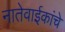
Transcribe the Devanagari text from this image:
नातेवाईकांचे